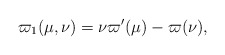
\begin{align*} \varpi_1(\mu, \nu) = \nu \varpi'(\mu)-\varpi(\nu), \end{align*}